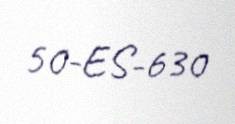
50-ES-630